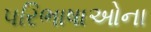
પરિભાષાઓના